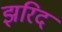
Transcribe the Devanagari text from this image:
झरिद